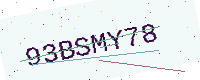
Text: 93BSMY78